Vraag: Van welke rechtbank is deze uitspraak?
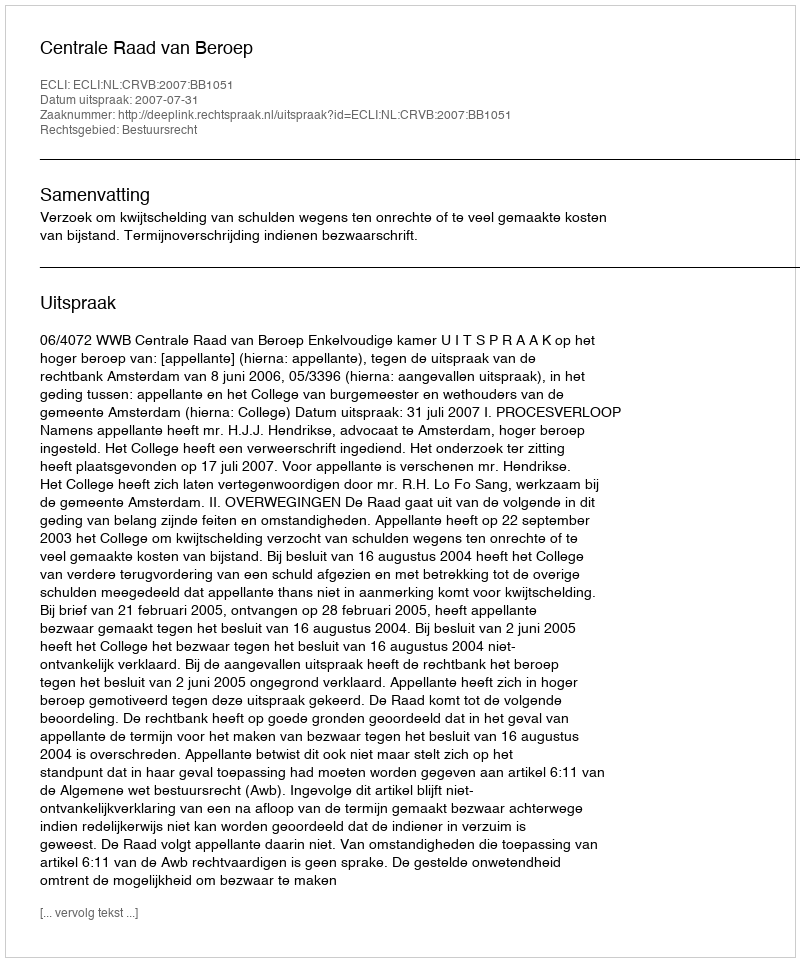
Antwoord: Centrale Raad van Beroep